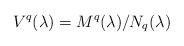
\begin{align*}V^q(\lambda) = M^q(\lambda) / N_q(\lambda)\end{align*}